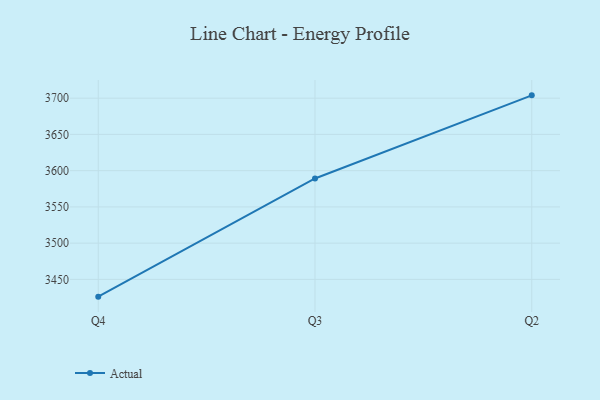
{"axis": {"x": "Quarter", "y": "Satisfaction Score"}, "legend": ["Actual"], "data": [{"x": "Q4", "y": 3426.2, "type": "Actual"}, {"x": "Q3", "y": 3589.2, "type": "Actual"}, {"x": "Q2", "y": 3703.9, "type": "Actual"}]}